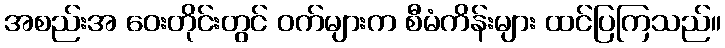
အစည်းအ ဝေးတိုင်းတွင် ဝက်များက စီမံကိန်းများ ထင်ပြကြသည်။